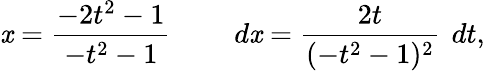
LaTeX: \mathit{x}={\frac{{-2t^{2}-1}}{{-t^{2}-1}}}\qquad\ d\mathit{x}={\frac{{2t}}{{(-t^{2}-1)^{2}}}}\, \ dt,